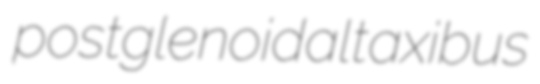
postglenoidal taxibus